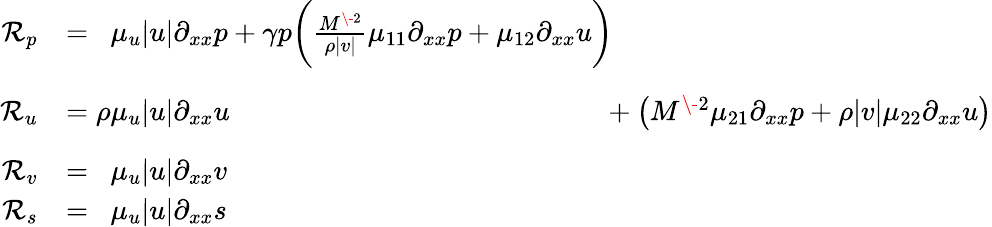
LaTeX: \begin{array}{rl}{\mathcal{R}_{p}}&{=\phantom{\rho}\mu_{u}|u|\partial_{xx}p+\gamma p\bigg(\frac{M^{\- 2}}{\rho|v|}\mu_{11}\partial_{xx}p+\mu_{12}\partial_{xx}u\bigg)\phantom{+\big(M^{\- 2}\mu_{21}\partial_{xx}p+\rho|v|\mu_{22}\partial_{xx}u\big)}}\\ {\mathcal{R}_{u}}&{=\rho\mu_{u}|u|\partial_{xx}u\phantom{+\gamma p\bigg(\frac{M^{\- 2}}{\rho|v|}\mu_{11}\partial_{xx}p+\mu_{12}\partial_{xx}u\bigg)}+\big(M^{\- 2}\mu_{21}\partial_{xx}p+\rho|v|\mu_{22}\partial_{xx}u\big)}\\ {\mathcal{R}_{v}}&{=\phantom{\rho}\mu_{u}|u|\partial_{xx}v}\\ {\mathcal{R}_{s}}&{=\phantom{\rho}\mu_{u}|u|\partial_{xx}s}\end{array}